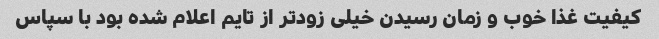
کیفیت غذا خوب و زمان رسیدن خیلی زودتر از تایم اعلام شده بود با سپاس